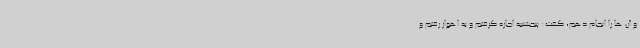
و آن ها را انجام دهم، گفت: پنجشنبه اجازه گرفتم و به اهواز رفتم و